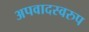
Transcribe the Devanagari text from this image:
अपवादस्वरुप